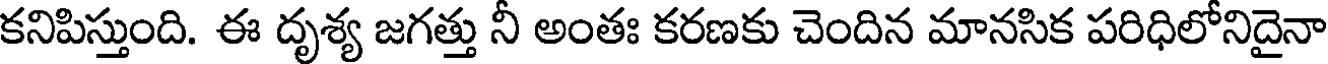
కనిపిస్తుంది. ఈ దృశ్య జగత్తు నీ అంతః కరణకు చెందిన మానసిక పరిధిలోనిదైనా